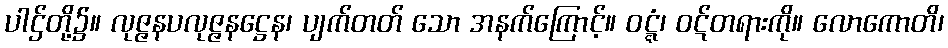
ပါဌ်တို့၌။ လုဇ္ဇနပလုဇ္ဇနဋ္ဌေန၊ ပျက်တတ် သော အနက်ကြောင့်။ ဝဋ္ဋံ၊ ဝဋ်တရားကို။ လောကောတိ၊